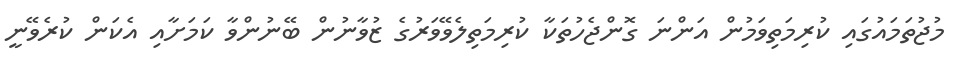
މުޖުތަމައުގައި ކުރިމަތިވަމުން އަންނަ ގޮންޖެހުތަކާ ކުރިމަތިލެވޭވަރުގެ ޒުވާނުން ބޭނުންވާ ކަމަށާއި އެކަން ކުރެވޭނީ